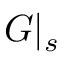
G \vert _ { s }